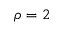
\rho = 2